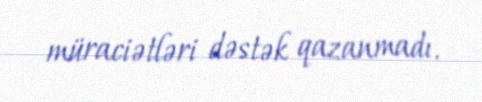
müraciətləri dəstək qazanmadı.